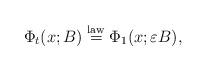
LaTeX: \begin{align*}\Phi_{t}(x;B)\stackrel{{\rm law}}{=}\Phi_{1}(x;\varepsilon B),\end{align*}